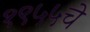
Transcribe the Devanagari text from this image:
१९५५चे